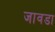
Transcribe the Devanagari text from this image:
जावडा